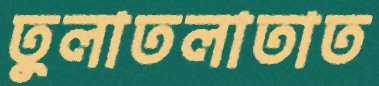
তুলাতলাতাত